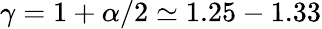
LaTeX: \gamma=1+\alpha/2\simeq 1.25-1.33